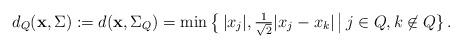
LaTeX: \begin{align*} d_{Q}({\bf x},\Sigma):= d({\bf x},\Sigma_{Q}) = \min\big\{\,|x_j|, \tfrac{1}{\sqrt{2}}|x_j-x_{k}|\,\big|\, j\in Q, k\not\in Q\}\,.\end{align*}